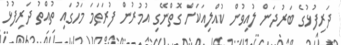
ދަރިފުޅުގެ ބަރުދަން ލުއިވުން ކުއްލިއަކަށް ގޮތްނޭގި އުމުރުން ފުރަތަމަ މަހުގައި ތުއްތު ދަރިފުޅު